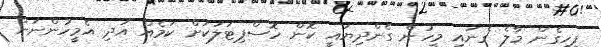
ފިހިގެން މާލެ ގެނައި މީހުން ގެންދިޔައީ ކޮން ހޮސްޕިޓަލަކަށް ކަމެއް އަދި އެމީހުންނަށް